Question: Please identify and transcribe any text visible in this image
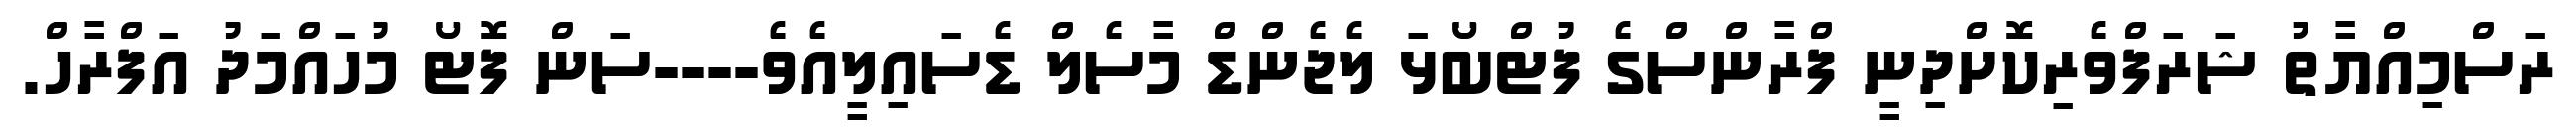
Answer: ރަސްމިއްޔާތު ޝަރަފްވެރިކޮށްދިނީ ފްރާންސްގެ ފުޓްބޯޅަ ލެޖެންޑް މާސެލް ޑެސައިލީއެވެ----ސަން ފޮޓޯ މުހައްމަދު އަފްރާހް.